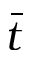
\bar { t }